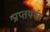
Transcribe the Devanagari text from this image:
प्राप्तयर्थम